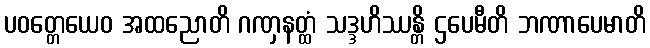
ပဝတ္တေယေဝ အထညောတိ ဂဏှနတ္ထံ သဒ္ဒဟိဿန္တိ ဌပေမီတိ ဘဏာပေမာတိ